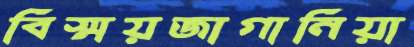
বিস্ময়জাগানিয়া